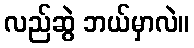
လည်ဆွဲ ဘယ်မှာလဲ။